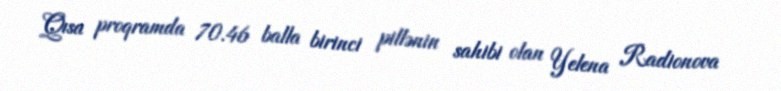
Qısa proqramda 70.46 balla birinci pillənin sahibi olan Yelena Radionova